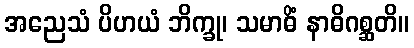
အညေသံ ပိဟယံ ဘိက္ခု၊ သမာဓိံ နာဓိဂစ္ဆတိ။